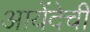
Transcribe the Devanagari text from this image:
आयेंदेची